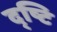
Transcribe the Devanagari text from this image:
द्ष्टि